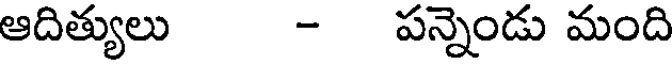
ఆదిత్యులు - పన్నెండు మంది